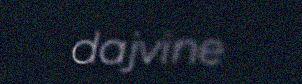
dajvine